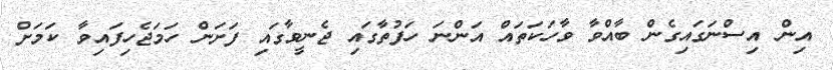
އިން އިސްނަގައިގެން ބާއްވާ ވާހަކަތައް އަންނަ ހަފުތާގައި ޖެނީވާގައި ފަށަން ހަމަޖެހިފައިވާ ކަމަށް